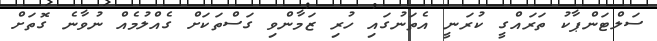
ސަލްޓަންޕާކު ތަރައްގީ ކުރަނީ އެތަނުގައި ހުރި ޒަމާންވި ގަސްތަކަށް ގެއްލުމެއް ނުވާނެ ގޮތަށް